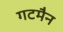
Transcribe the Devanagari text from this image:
गटमैन